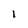
Character: i